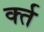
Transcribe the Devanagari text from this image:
र्क्त